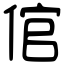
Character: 倌